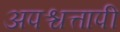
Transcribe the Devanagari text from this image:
अपश्चत्तापी